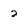
Character: 2